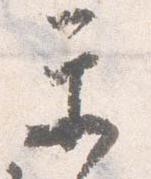
楽